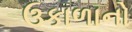
ઉકાળાનો